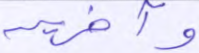
وآخرين